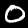
Label: 0